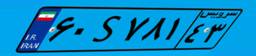
۵۳S۱۸۰۴۰